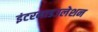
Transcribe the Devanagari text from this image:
इंटरमाडउलेशन